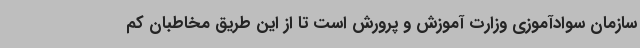
سازمان سوادآموزی وزارت آموزش و پرورش است تا از این طریق مخاطبان کم